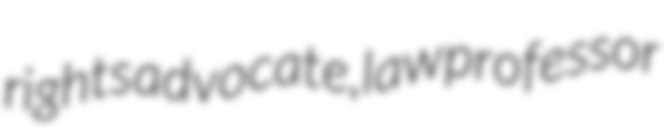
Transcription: rights advocate, law professor